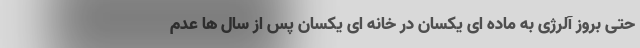
حتی بروز آلرژی به ماده ای یکسان در خانه ای یکسان پس از سال ها عدم